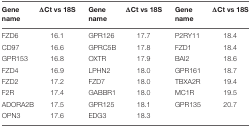
| Gene name | ΔCt vs 18S | Gene name | ΔCt vs 18S | Gene name | ΔCt vs 18S |
 | --- | --- | --- | --- | --- | --- |
 | FZD6 | 16.1 | GPR126 | 17.7 | P2RY11 | 18.4 |
 | CD97 | 16.6 | GPRC5B | 17.8 | FZD1 | 18.4 |
 | GPR153 | 16.8 | OXTR | 17.9 | BAI2 | 18.6 |
 | FZD4 | 16.9 | LPHN2 | 18.0 | GPR161 | 18.7 |
 | FZD2 | 17.2 | FZD7 | 18.0 | TBXA2R | 19.4 |
 | F2R | 17.4 | GABBR1 | 18.0 | MC1R | 19.5 |
 | ADORA2B | 17.5 | GPR125 | 18.1 | GPR135 | 20.7 |
 | OPN3 | 17.6 | EDG3 | 18.3 |  |  |